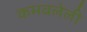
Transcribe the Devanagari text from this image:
कमवलेली